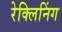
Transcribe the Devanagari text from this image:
रेक्लिनिंग